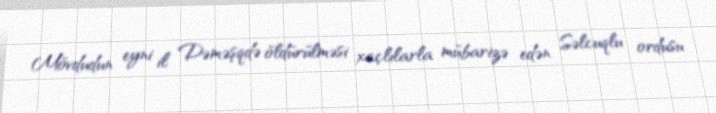
Mövdudun eyni il Dəməşqdə öldürülməsi xaçlılarla mübarizə edən Səlcuqlu ordusu